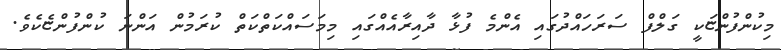
މިކުންފުންޏަކީ ގަލްފް ސަރަހައްދުގައި އެންމެ ފުޅާ ދާއިރާއެއްގައި މިމަސައްކަތްކަތް ކުރަމުން އަންނަ ކުންފުންޏެކެވެ.